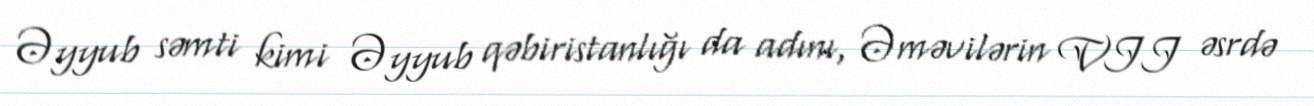
Əyyub səmti kimi Əyyub qəbiristanlığı da adını, Əməvilərin VII əsrdə